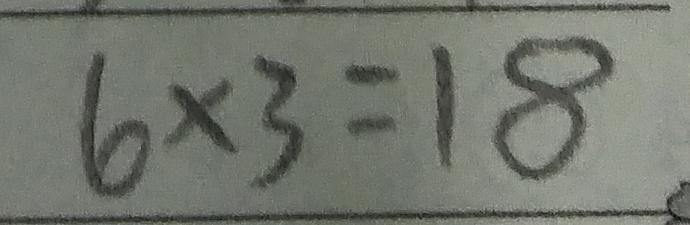
6 \times 3 = 1 8